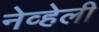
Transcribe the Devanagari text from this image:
नेव्हेली